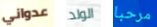
عدواني الولد مرحبا